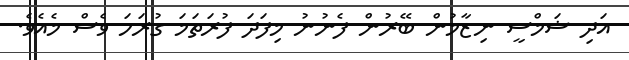
އަދި ޝަމްސީ ނިޒާމުން ބޭރުން ފެނުނު މިފަދަ ފުރަތަމަ ގުރަހަ ވެސް މެއެވެ.